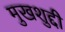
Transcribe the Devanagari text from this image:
मुखशुद्दी